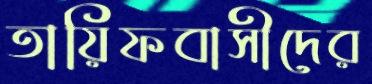
তায়িফবাসীদের